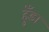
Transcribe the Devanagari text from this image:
हुँडा